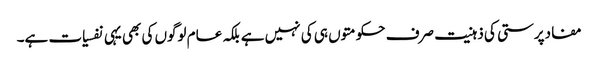
مفادپرستی کی ذہنیت صرف حکومتوں ہی کی نہیں ہے بلکہ عام لوگوں کی بھی یہی نفسیات ہے۔